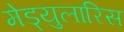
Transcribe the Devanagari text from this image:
मेड्युलारिस